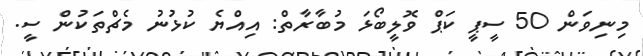
މިނިވަން 50 ސީޕީ ކަޕް ވޮލީބޯޅަ މުބާރާތް: އިއްޔެ ކުޅުނު މެޗްތަކުން ސީ.